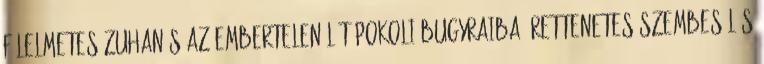
Félelmetes zuhanás az embertelen lét pokoli bugyraiba, rettenetes szembesülés